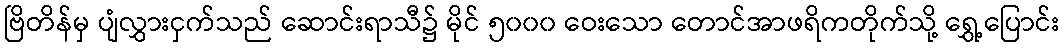
ဗြိတိန်မှ ပျံလွှားငှက်သည် ဆောင်းရာသီ၌ မိုင် ၅၀၀၀ ဝေးသော တောင်အာဖရိကတိုက်သို့ ရွှေ့ပြောင်း